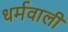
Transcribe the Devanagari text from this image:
धर्मवाली